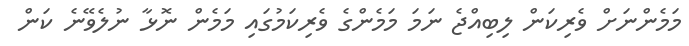
މަމެންނަށް ވެރިކަން ލިބިއްޖެ ނަމަ މަމެންގެ ވެރިކަމުގައި މަމެން ނޮޅާ ނުލެވޭނެ ކަން